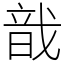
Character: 戠